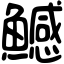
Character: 鱤